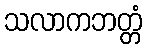
သလာကဘတ္တံ